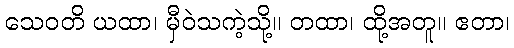
သေဝတိ ယထာ၊ မှီဝဲသကဲ့သို့။ တထာ၊ ထို့အတူ။ ဧတာ၊